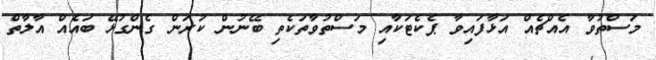
މަސްތުވާ އެއްޗެއް އަޅާފައިވާ ޕެކެޓަކާއި މަސްތުވާތަކެތި ބޭނުން ކުރަން ގެންގުޅޭ ބައެއް އާލާތް